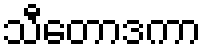
သီတောဒကာ